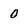
Character: 0